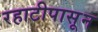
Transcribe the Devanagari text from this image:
रहाटीपासून